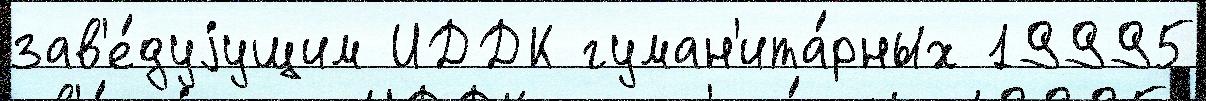
зав'е́дуjущим ИДДК гуман'ита́рных 19995